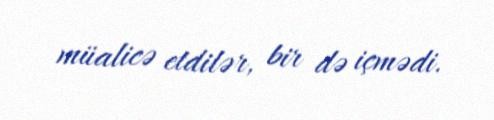
müalicə etdilər, bir də içmədi.